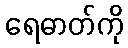
ရေဓာတ်ကို